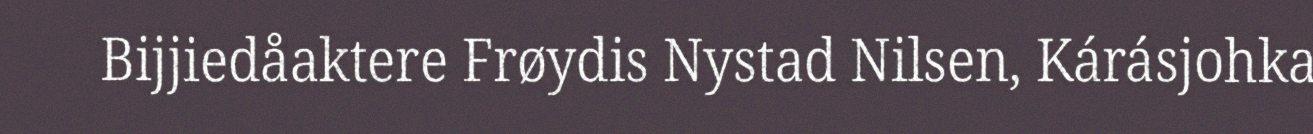
Bijjiedåaktere Frøydis Nystad Nilsen, Kárásjohka